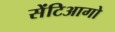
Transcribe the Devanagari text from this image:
सेंटिआगो